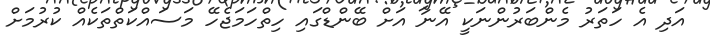
އަދި އެ ހަތަރު މެންބަރުންނަކީ އޭނާ އަށް ބޭންޑްގައި ހިތްހަމަޖެހޭ މަސައްކަތްތަކެއް ކުރުމަށް